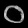
Digit: ၀